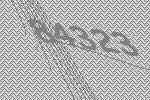
84323